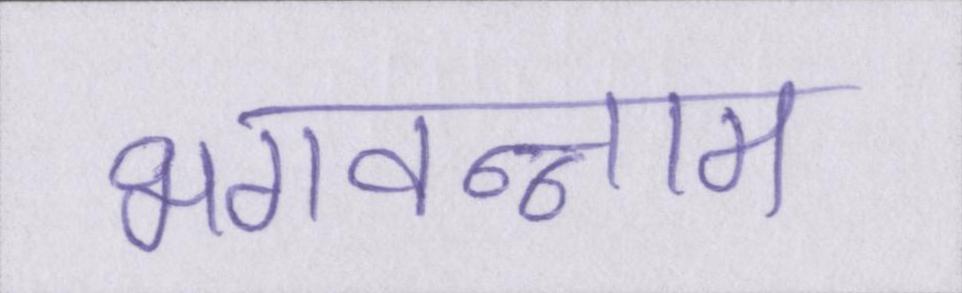
भगवन्नाम